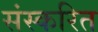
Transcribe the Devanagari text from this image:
संस्करित